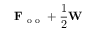
\mathbf { F } _ { \mathrm { ~ o ~ o ~ } } + \frac { 1 } { 2 } \mathbf { W }